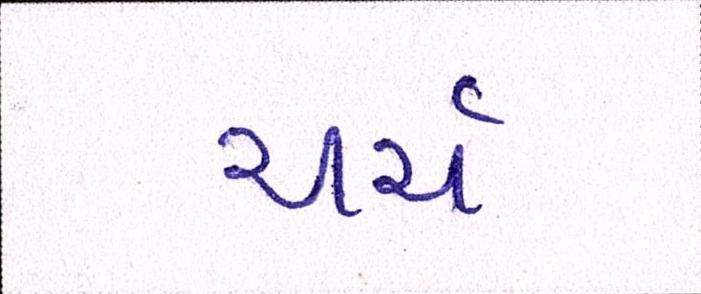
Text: ચર્ચ